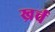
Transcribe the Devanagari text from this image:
ख्रर्च